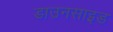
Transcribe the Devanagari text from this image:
डाउनसाइड